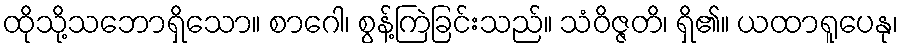
ထိုသို့သဘောရှိသော။ စာဂေါ၊ စွန့်ကြဲခြင်းသည်။ သံဝိဇ္ဇတိ၊ ရှိ၏။ ယထာရူပေနု၊